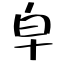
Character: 皁